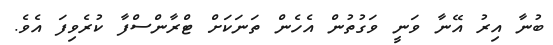
ބުނާ އިރު އޭނާ ވަނީ ވަގުތުން އެހެން ތަނަކަށް ޓްރާންސްފާ ކުރެވިފަ އެވެ.